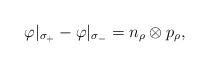
LaTeX: \begin{align*}\varphi\vert_{\sigma_+}-\varphi\vert_{\sigma_-}=n_\rho\otimes p_\rho,\end{align*}